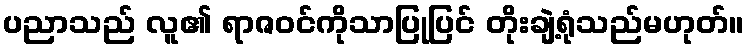
ပညာသည် လူ၏ ရာဇဝင်ကိုသာပြုပြင် တိုးချဲ့ရုံသည်မဟုတ်။